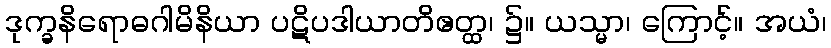
ဒုက္ခနိရောဓဂါမိနိယာ ပဋိပဒါယာတိဧတ္ထ၊ ၌။ ယသ္မာ၊ ကြောင့်။ အယံ၊